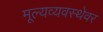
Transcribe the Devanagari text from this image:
मूल्यव्यवस्थेवर